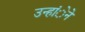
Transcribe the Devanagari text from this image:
उन्हांेने